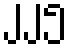
၂၂၅